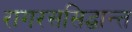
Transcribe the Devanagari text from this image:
रागरससिद्धान्त